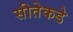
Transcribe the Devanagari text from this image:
सीतेकडे